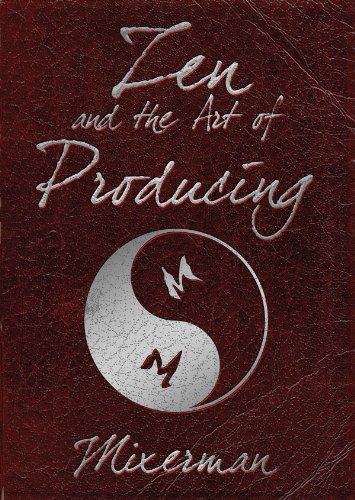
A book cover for Zen and the Art of Producing; Mixerman; Arts & Photography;